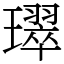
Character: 璻